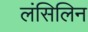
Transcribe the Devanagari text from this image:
लंसिलिन